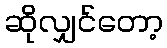
ဆိုလျှင်တော့